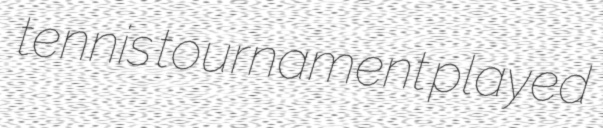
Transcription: tennis tournament played